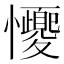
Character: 𢥝